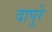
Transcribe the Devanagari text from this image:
दापुरे